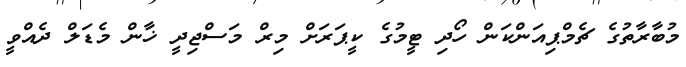
މުބާރާތުގެ ޗެމްޕިއަންކަން ހޯދި ޓީމުގެ ކީޕަރަށް މިރް މަސްޖިދީ ޚާން މެޑަލް ދެއްވީ